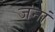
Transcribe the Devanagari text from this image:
जनां